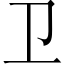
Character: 卫